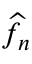
\widehat { f } _ { n }